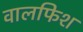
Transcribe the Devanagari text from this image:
वालफिश